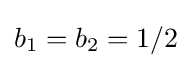
b_{1}=b_{2}=1/2